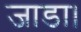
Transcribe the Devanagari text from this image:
जाडा।